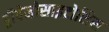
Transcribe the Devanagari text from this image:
ड्रीपेनोसाइटोसिस